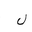
Letter: _lam